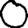
Digit: 0